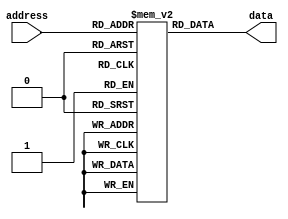
module otp_rom (
    input wire [7:0] address,
    output reg [7:0] data
);

reg [7:0] memory [0:255]; // 256 memory cells

initial begin
    // Initialize memory cells during manufacturing process
    // Data should be already programmed and cannot be changed
    // Address[7:0] corresponds to 256 memory cells in ROM
    // Data in each memory cell can be accessed using corresponding address
end

always @* begin
    data = memory[address];
end

endmodule